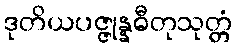
ဒုတိယပဇ္ဇုန္နဓီတုသုတ္တံ